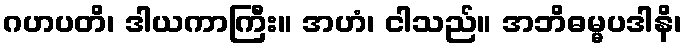
ဂဟပတိ၊ ဒါယကာကြီး။ အဟံ၊ ငါသည်။ အဘိဓမ္မပဒါနိ၊